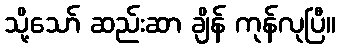
သို့သော် ဆည်းဆာ ချိန် ကုန်လုပြီ။